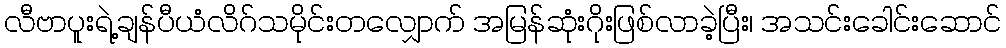
လီဗာပူးရဲ့ချန်ပီယံလိဂ်သမိုင်းတလျှောက် အမြန်ဆုံးဂိုးဖြစ်လာခဲ့ပြီး၊ အသင်းခေါင်းဆောင်